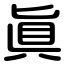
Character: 眞